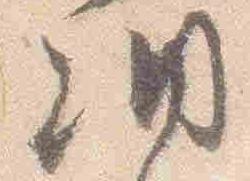
納